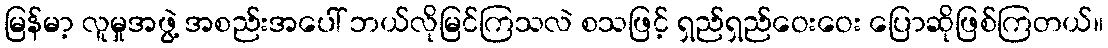
မြန်မာ့ လူမှုအဖွဲ့ အစည်းအပေါ် ဘယ်လိုမြင်ကြသလဲ စသဖြင့် ရှည်ရှည်ဝေးဝေး ပြောဆိုဖြစ်ကြတယ်။